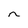
Character: n